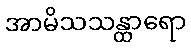
အာမိသသန္ထာရော